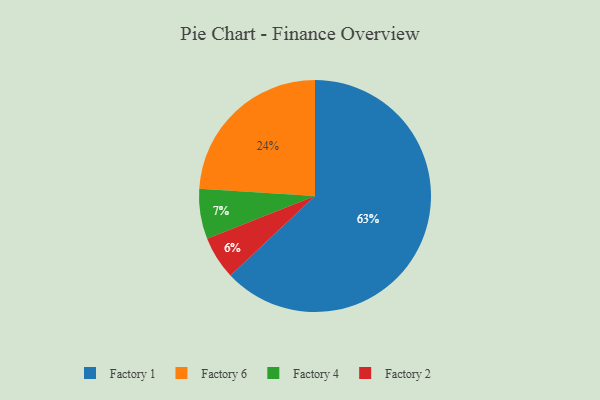
{"axis": {"x": "Category", "y": "Percentage"}, "legend": ["Factory 1", "Factory 2", "Factory 4", "Factory 6"], "data": [{"x": "Factory 6", "y": 24, "type": "Factory 6"}, {"x": "Factory 2", "y": 6, "type": "Factory 2"}, {"x": "Factory 1", "y": 63, "type": "Factory 1"}, {"x": "Factory 4", "y": 7, "type": "Factory 4"}]}